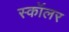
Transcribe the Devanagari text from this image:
स्‍कॉलर